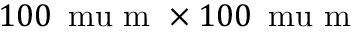
1 0 0 \, \mathrm { \ m u } \mathrm { ~ m ~ } \times 1 0 0 \, \mathrm { \ m u } \mathrm { ~ m ~ }